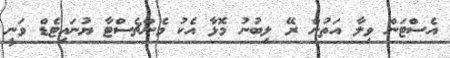
އެސްޓަން ވިލާ އަތުން ރޭ ލިބުނު މޮޅާ އެކު މެންޗެސްޓާ ޔުނައިޓެޑް ވަނީ